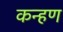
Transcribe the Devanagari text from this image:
कन्हण